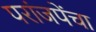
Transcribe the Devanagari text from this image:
परांजपेंचा